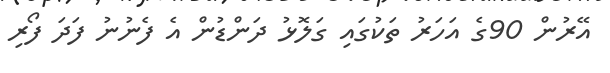
އޭރުން 90ގެ އަހަރު ތަކުގައި ގަލޮޅު ދަންޑުން އެ ފެނުނު ފަދަ ފޯރި